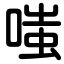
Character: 嗤